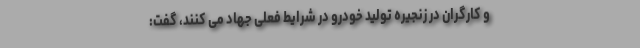
و کارگران در زنجیره تولید خودرو در شرایط فعلی جهاد می کنند، گفت: